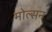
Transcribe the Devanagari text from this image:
मोल्सन